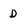
Character: D